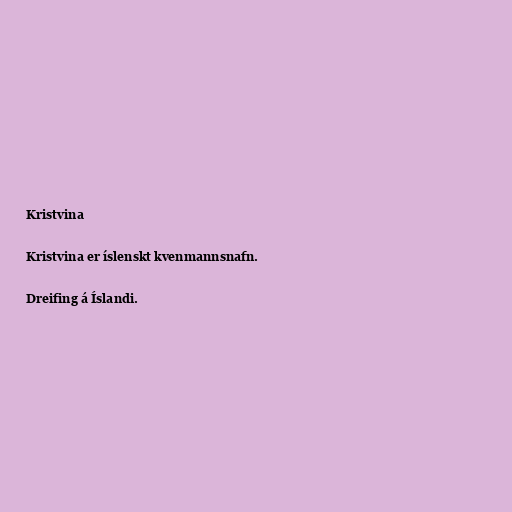
Kristvina

Kristvina er íslenskt kvenmannsnafn.

Dreifing á Íslandi.